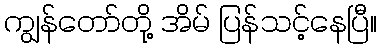
ကျွန်တော်တို့ အိမ် ပြန်သင့်နေပြီ။